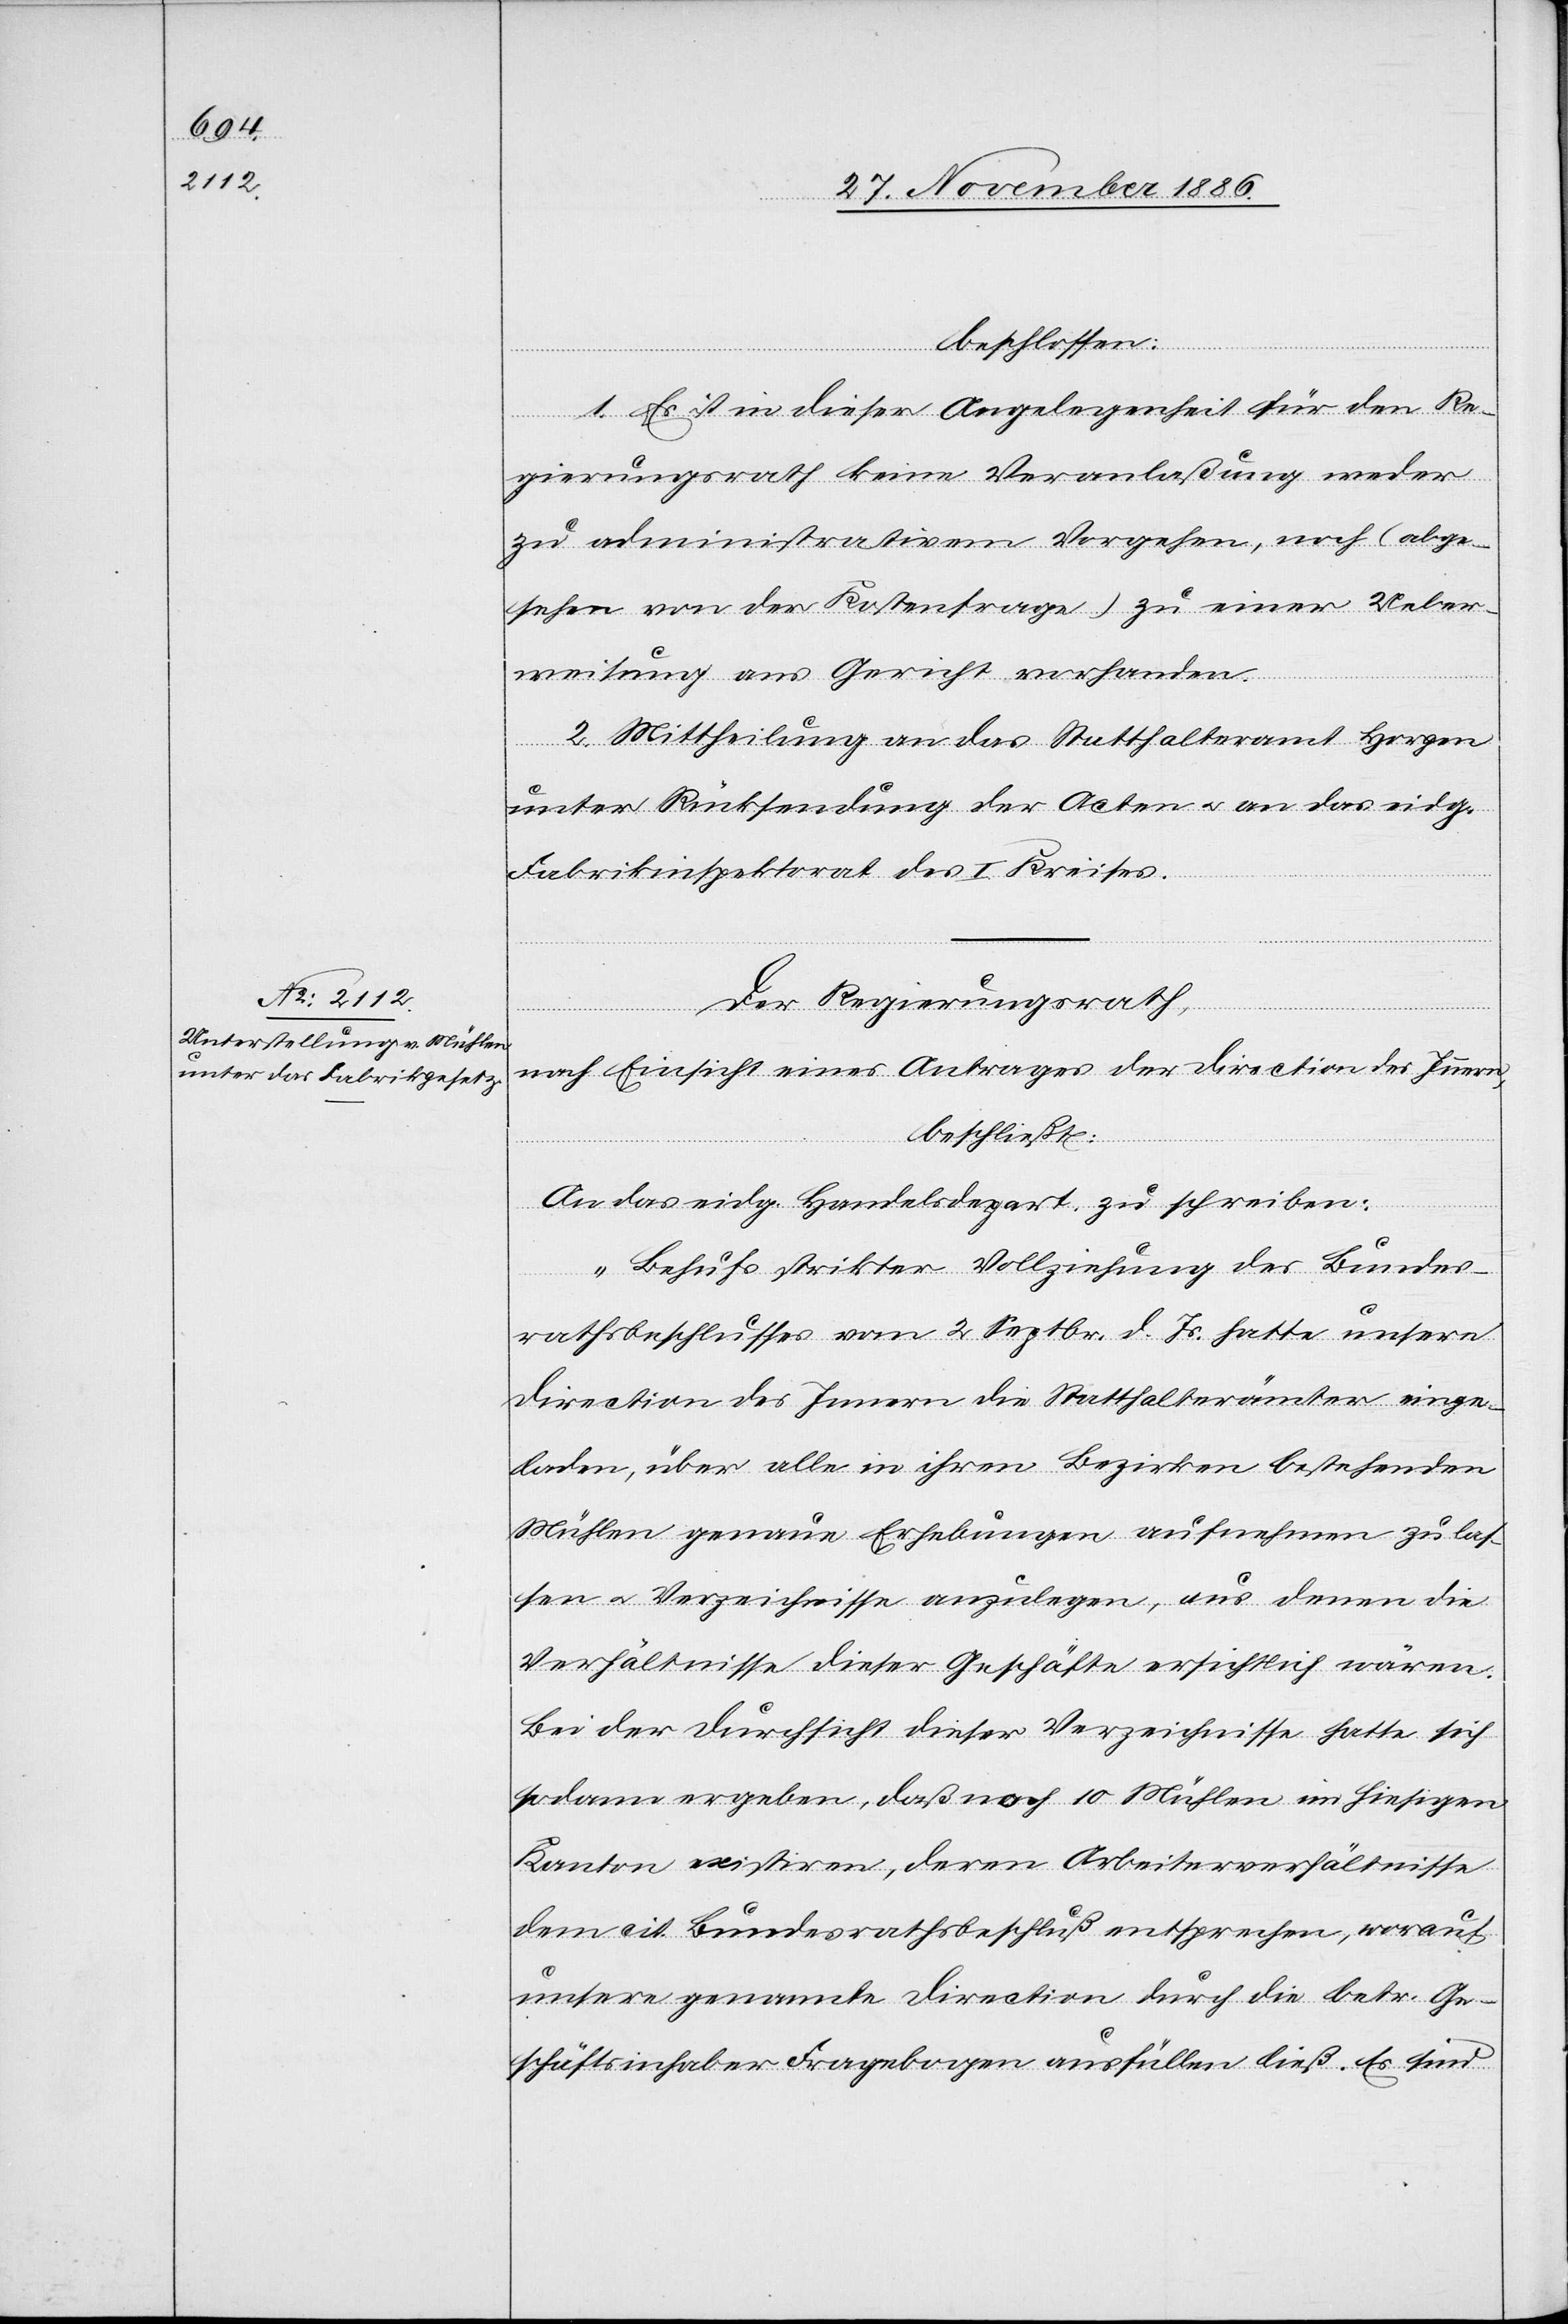
beschlossen:
1. Es ist in dieser Angelegenheit für den Re¬
gierungsrath keine Veranlaßung weder
zu administrativem Vorgehen, noch (abge¬
sehen von der Kostenfrage) zu einer Ueber¬
weisung ans Gericht vorhanden.
2. Mittheilung an das Statthalteramt Horgen
unter Rücksendung der Acten & an das eidg.
Fabrikinspektorat des I. Kreises.
Der Regierungsrath,
nach Einsicht eines Antrages der Direction des Innern,
beschließt:
An das eidg. Handelsdepart. zu schreiben:
„Behufs strikter Vollziehung des Bundes¬
rathsbeschlusses vom 2. Septbr. d. Js. hatte unsere
Direction des Innern die Statthalterämter einge¬
laden, über alle in ihren Bezirken bestehenden
Mühlen genaue Erhebungen aufnehmen zu las¬
sen & Verzeichnisse anzulegen, aus denen die
Verhältnisse dieser Geschäfte ersichtlich wären.
Bei der Durchsicht dieser Verzeichnisse hatte sich
sodann ergeben, daß noch 10 Mühlen im hiesigen
Kanton existiren, deren Arbeiterverhältnisse
dem cit. Bundesrathsbeschluß entsprechen, worauf
unsere genannte Direction durch die betr. Ge¬
schäftsinhaber Fragebogen ausfüllen ließ. Es sind